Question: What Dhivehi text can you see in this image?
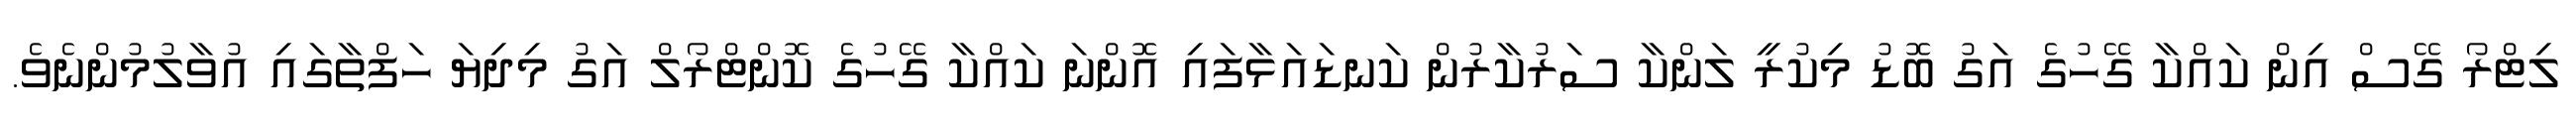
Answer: ލިޓްރޯ ގޭސް އިން ކައްކާ ގޭހުގެ އަގު ބޮޑު މިކުރީ ލަންކާ ސަރުކާރުން ކަނޑައަޅާފައި އޮންނަ ކައްކާ ގޭހުގެ ކޮންޓްރޯލް އަގު މިދިޔަ ހަފްތާގައި އުވާލުމުންނެވެ.